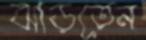
ঝাড়তেন